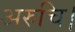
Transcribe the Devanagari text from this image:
अरुचि।